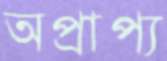
অপ্রাপ্য